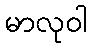
မာလုဝါ